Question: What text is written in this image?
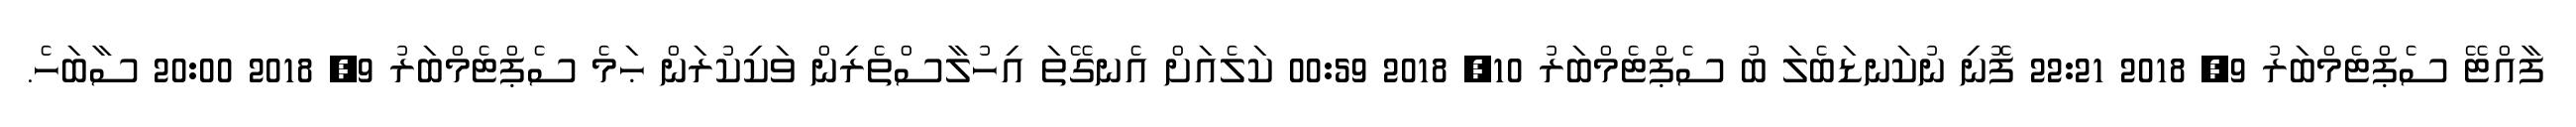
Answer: ފާއްޓޭ ސެޕްޓެމްބަރު 9, 2018 22:21 ފޮނި ނުކަނޑަބެލަ ބު ސެޕްޓެމްބަރު 10, 2018 00:59 ކަލެއަށް އެނގޭތަ އިހުލާސްތެރިން ވަކިކުރަން ޙަމެ ސެޕްޓެމްބަރު 9, 2018 20:00 ސާބަހެ.